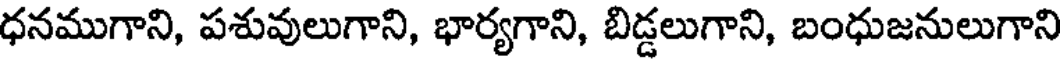
ధనముగాని, పశువులుగాని, భార్యగాని, బిడ్డలుగాని, బంధుజనులుగాని